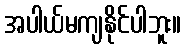
အပါယ်မကျနိုင်ပါဘူး။